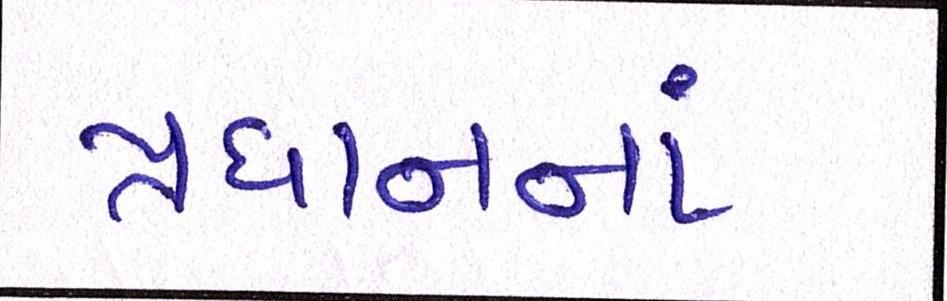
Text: પ્રધાનનાં